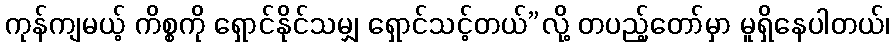
ကုန်ကျမယ့် ကိစ္စကို ရှောင်နိုင်သမျှ ရှောင်သင့်တယ်”လို့ တပည့်တော်မှာ မူရှိနေပါတယ်၊